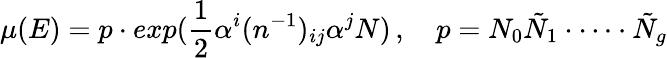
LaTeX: \mu(E)=p\cdot exp(\frac{1}{2}\alpha^{i}(n^{-1})_{ij}\alpha^{j}N)\, ,\quad p=N_{0}\tilde{N}_{1}\cdot\dots\cdot\tilde{N}_{g}